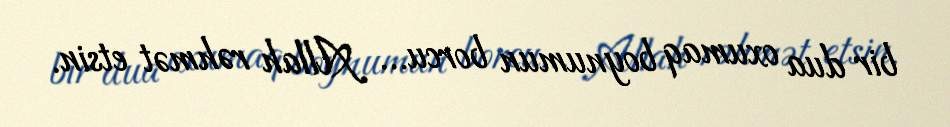
bir dua oxumaq boynumun borcu... Allah rəhmət etsin.